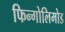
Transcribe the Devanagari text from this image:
फिन्गोलिमोड